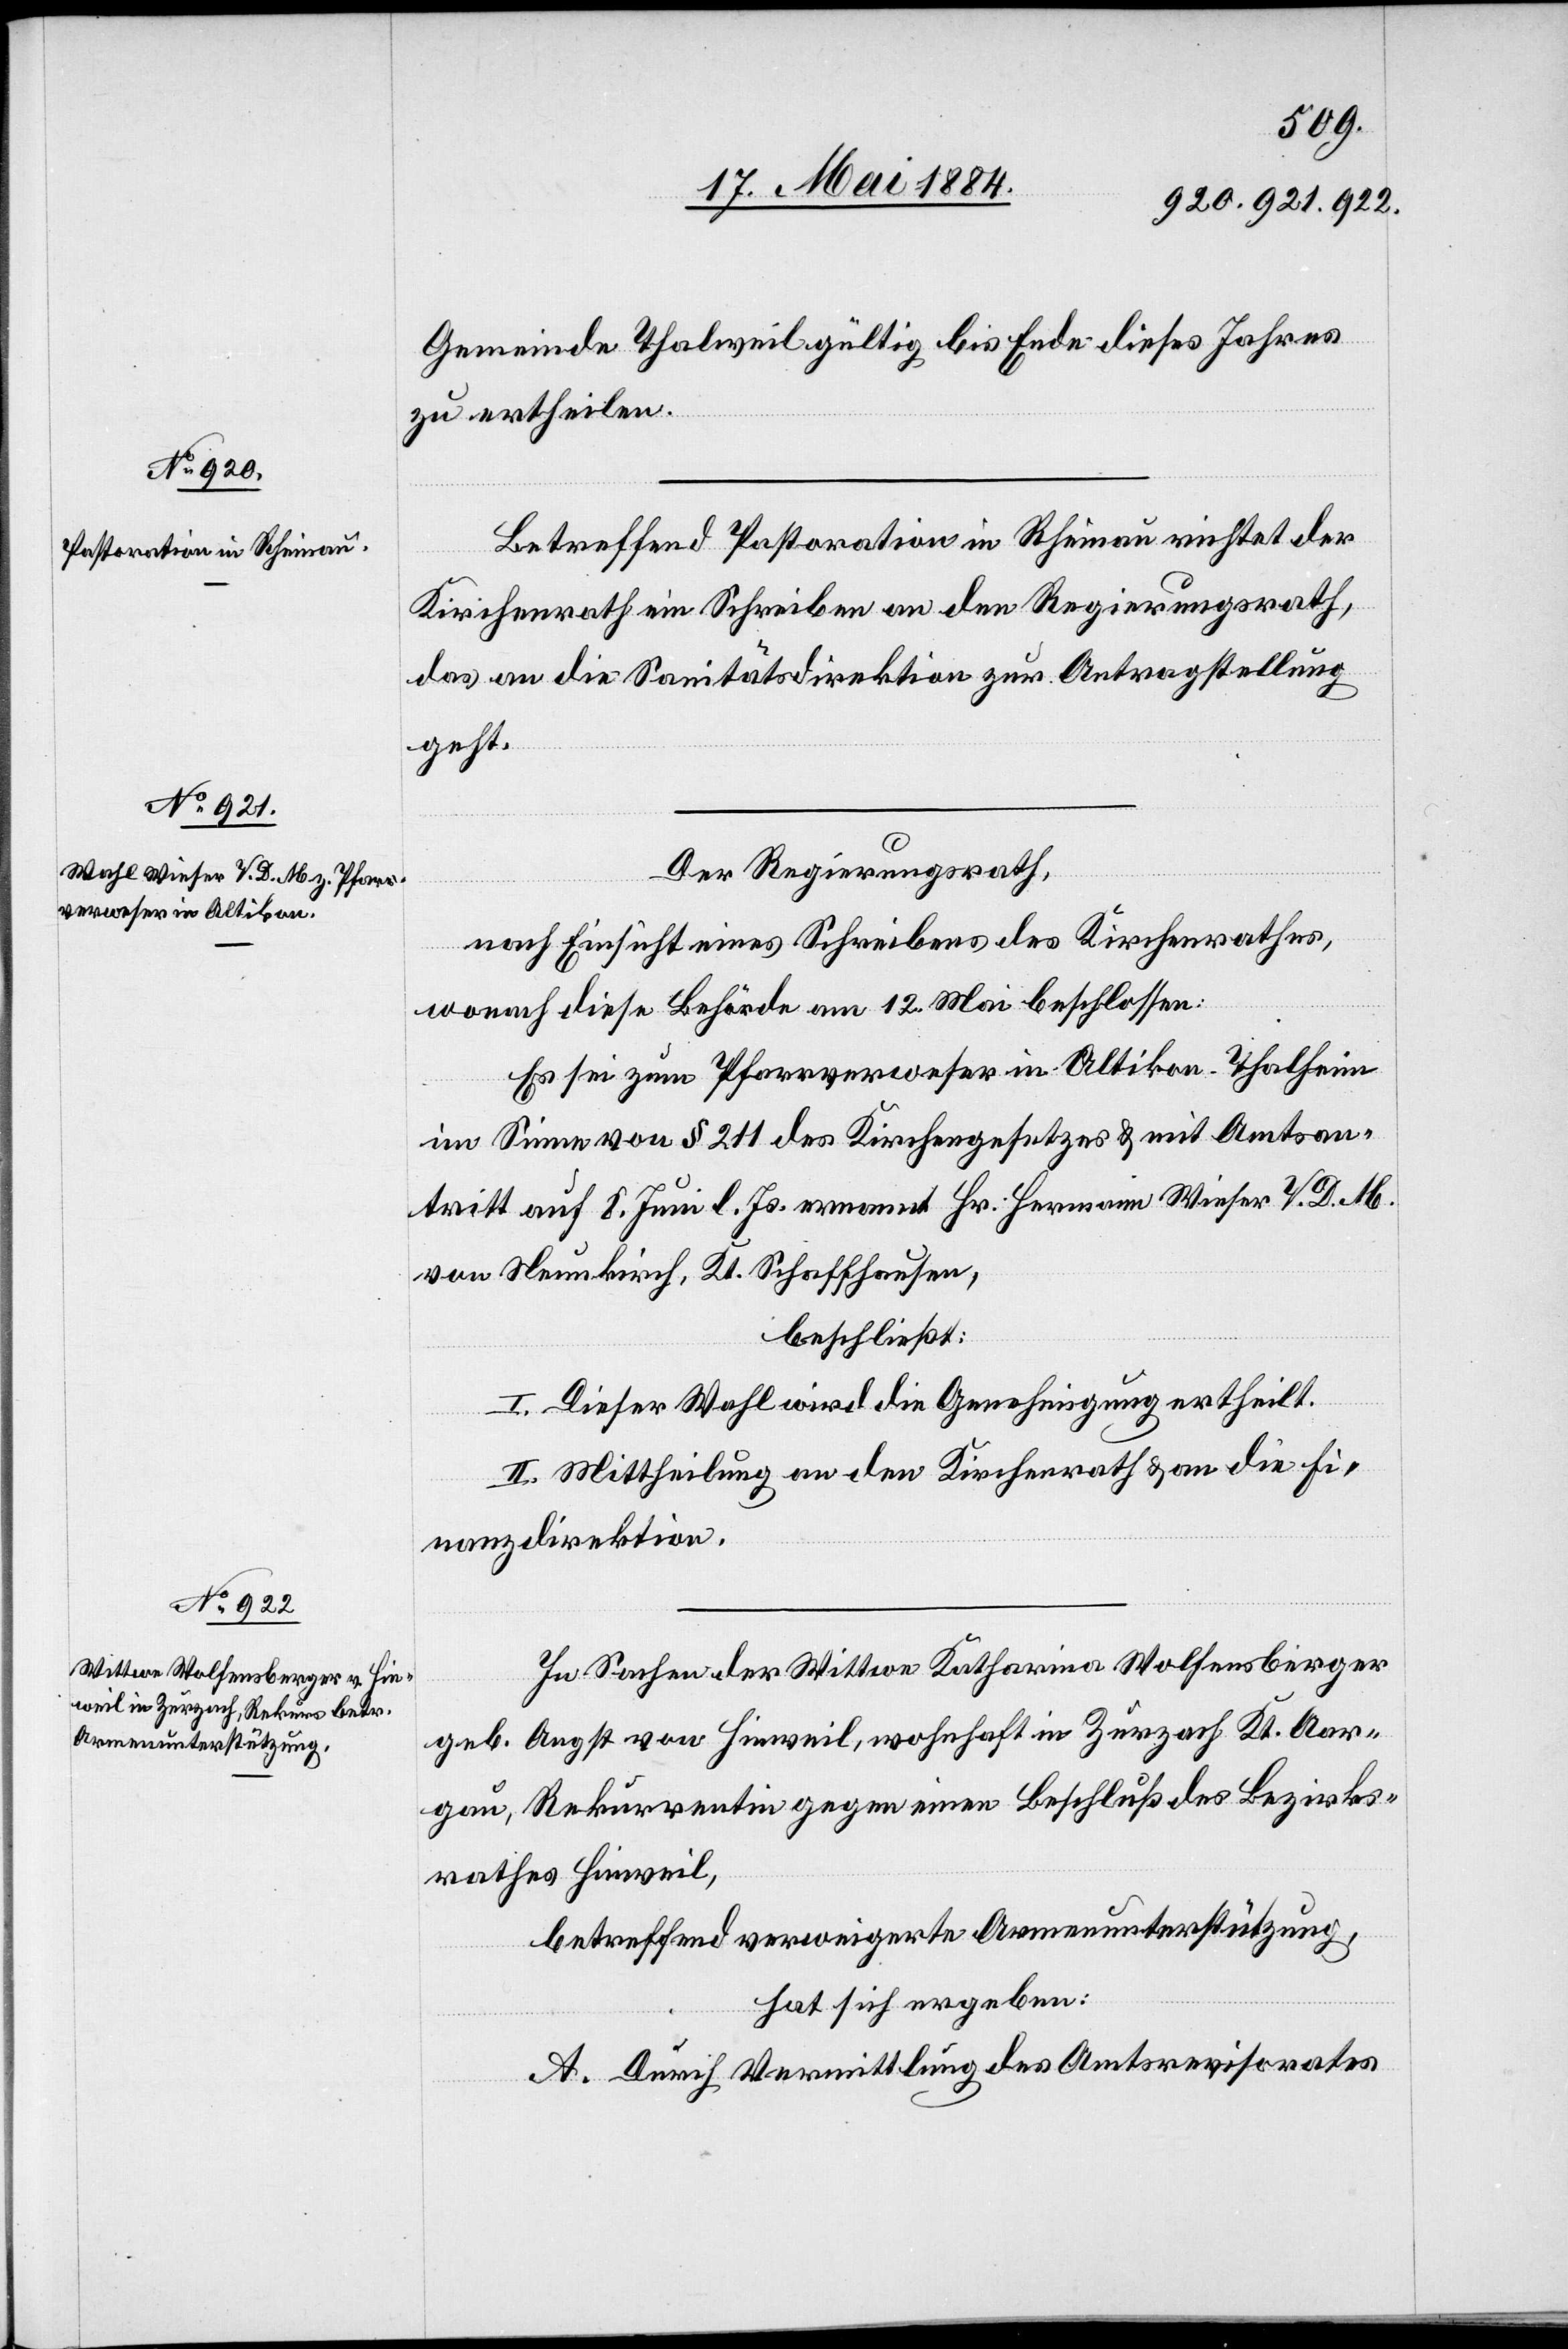
Gemeinde Thalweil bis Ende dieses Jahres
zu ertheilen.
Betreffend Pastoration in Rheinau richtet der
Kirchenrath ein Schreiben an den Regierungsrath,
das an die Sanitätsdirektion zur Antragstellung
geht.
Der Regierungsrath,
nach Einsicht eines Schreibens des Kirchenrathes,
wonach diese Behörde am 12. Mai beschlossen:
Es sei zum Pfarrverweser in Altikon - Thalheim
im Sinne von § 211 des Kirchengesetzes & mit Amtsan¬
tritt auf 8. Juni l. Js. ernannt Hr. Hermann Wieser V. D. M.
von Neunkirch, Kt. Schaffhausen,
beschließt:
I. Dieser Wahl wird die Genehmigung ertheilt.
II. Mittheilung an den Kirchenrath & an die Fi¬
nanzdirektion.
In Sachen der Wittwe Katharina Wolfensberger
geb. Angst von Hinweil, wohnhaft in Zurzach Kt. Aar¬
gau, Rekurrentin gegen einen Beschluß des Bezirks¬
rathes Hinwil,
betreffend verweigerte Armenunterstützung,
hat sich ergeben:
A. Durch Vermittlung des Amtsrevisorates